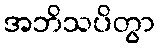
အဘိသပိတွာ